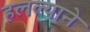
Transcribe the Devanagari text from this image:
हलल्याने